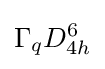
\Gamma _{q}D_{4h}^{6}